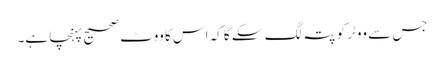
جس سے ووٹر کو پتہ لگ سکے گا کہ اس کا ووٹ صحیح پہنچا ہے۔